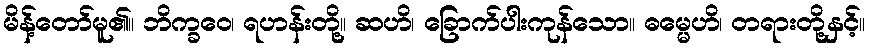
မိန့်တော်မူ၏။ ဘိက္ခဝေ၊ ရဟန်းတို့။ ဆဟိ၊ ခြောက်ပါးကုန်သော။ ဓမ္မေဟိ၊ တရားတို့နှင့်။